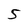
Character: 5